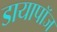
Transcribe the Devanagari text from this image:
डायापॉज